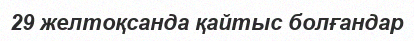
29 желтоқсанда қайтыс болғандар